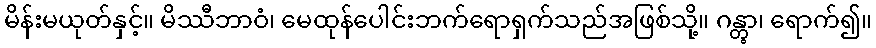
မိန်းမယုတ်နှင့်။ မိဿီဘာဝံ၊ မေထုန်ပေါင်းဘက်ရောရှက်သည်အဖြစ်သို့။ ဂန္တွာ၊ ရောက်၍။